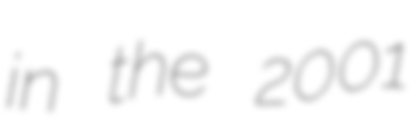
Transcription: in the 2001